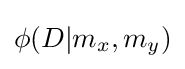
\phi (D|m_{x},m_{y})